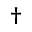
\dagger